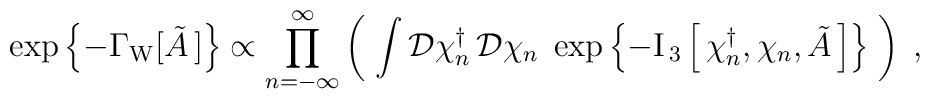
\exp\left\{-\Gamma_{\rm W}[\tilde{A}\,]\right\} \propto                       \prod_{n=-\infty}^{\infty}\left(\;                       \int \mathcal{D}\chi_n^\dagger\, \mathcal{D}\chi_n\;                       \exp\left\{-{\rm I}_{\,3}                       \left[\,\chi_n^\dagger,\chi_n,\tilde{A}\,\right]                       \right\}\;\right) \; ,